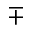
\mp